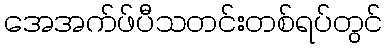
အေအက်ဖ်ပီသတင်းတစ်ရပ်တွင်